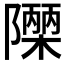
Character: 𮥫